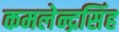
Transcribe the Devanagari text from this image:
कमलेन्द्रसिंह